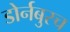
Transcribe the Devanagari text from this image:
डोर्नबुस्च